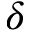
\delta